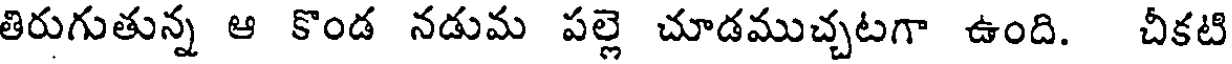
తిరుగుతున్న ఆ కొండ నడుమ పల్లె చూడముచ్చటగా ఉంది. చీకటి